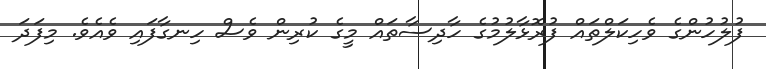
ފުލުހުންގެ ވެހިކަލްތައް ފުރޮޅާލުމުގެ ހާދިސާތައް މީގެ ކުރިން ވެސް ހިނގާފައި ވެއެވެ. މިފަދަ